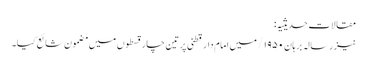
مقالات حدیثیہ:
نیز رسالہ برہان ۱۹۵۰/ میں امام دارقطنی پر تین چار قسطوں میں مضمون شائع کیا۔